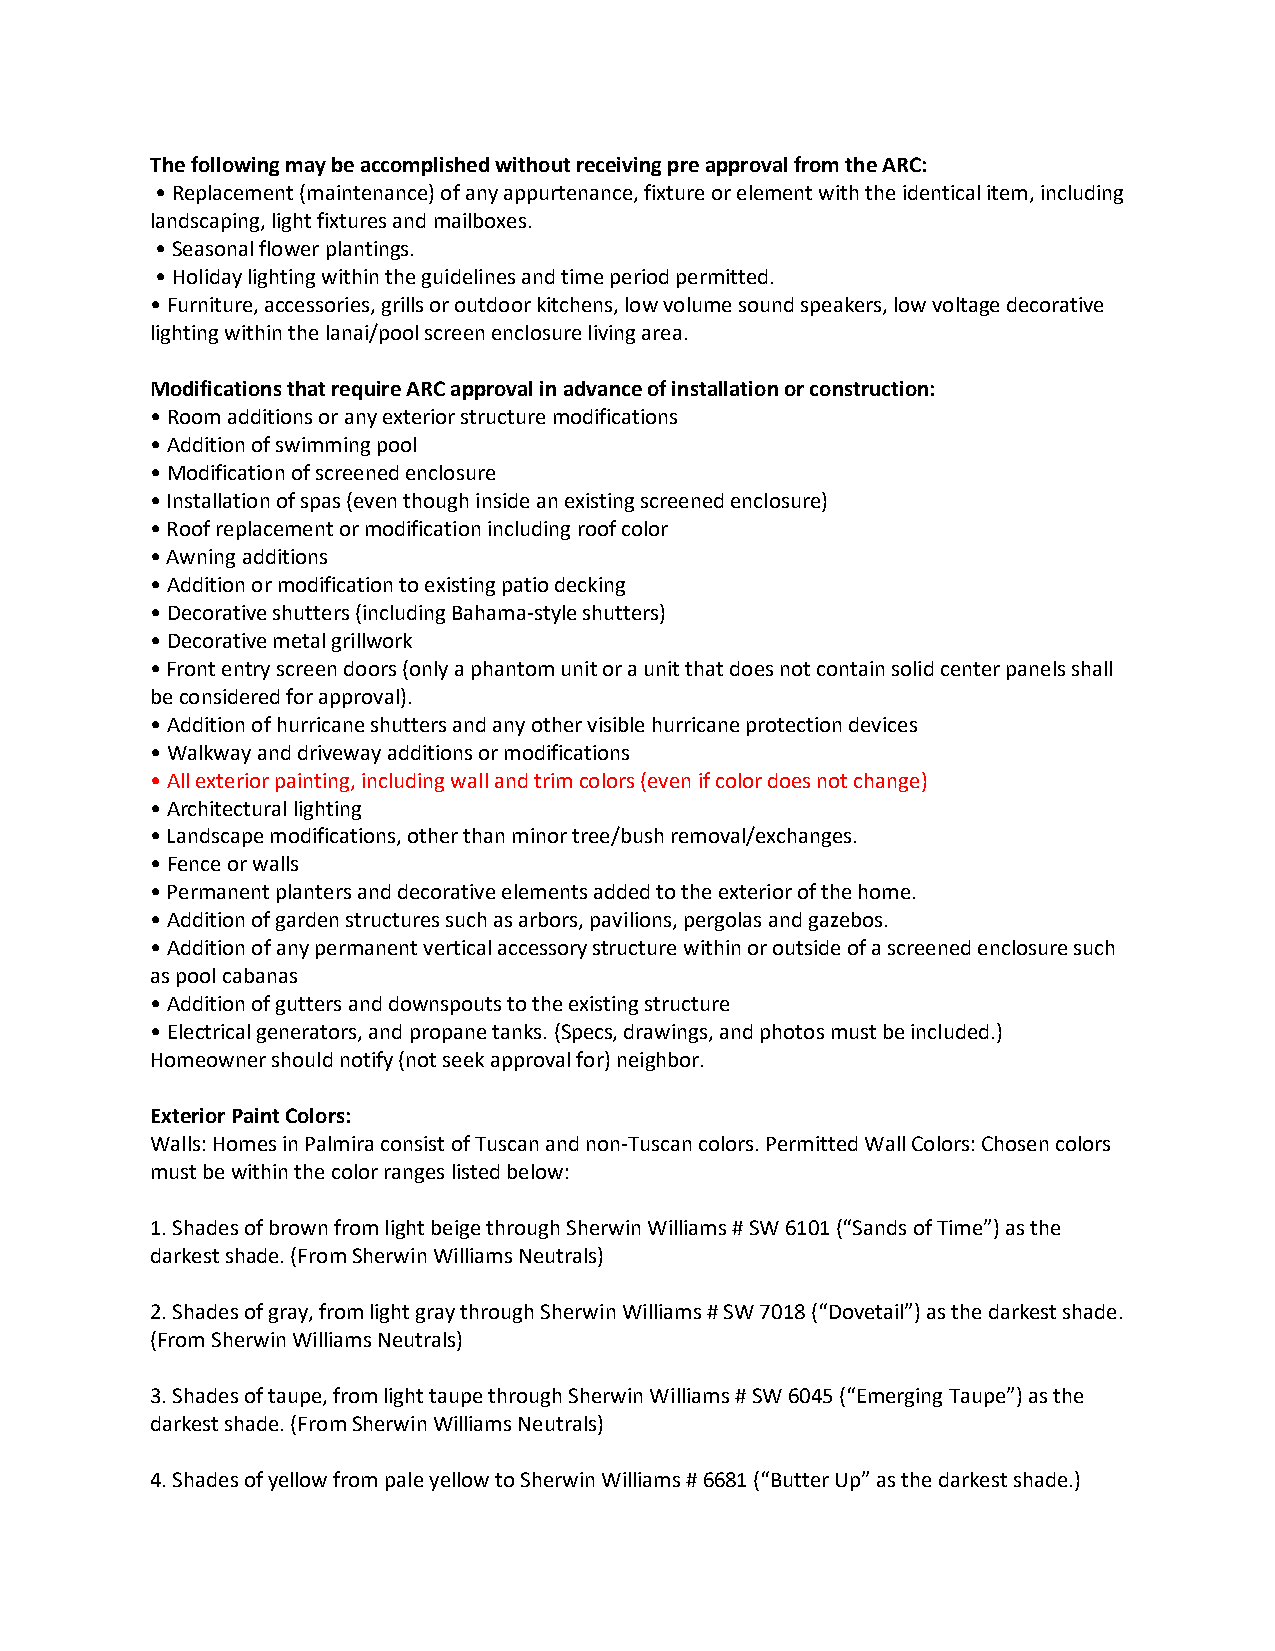
The following may be accomplished without receiving pre approval from the ARC:
 • Replacement (maintenance) of any appurtenance, fixture or element with the identical item, including
 landscaping, light fixtures and mailboxes.
 • Seasonal flower plantings.
 • Holiday lighting within the guidelines and time period permitted.
 • Furniture, accessories, grills or outdoor kitchens, low volume sound speakers, low voltage decorative
 lighting within the lanai/pool screen enclosure living area.
 Modifications that require ARC approval in advance of installation or construction:
 • Room additions or any exterior structure modifications
 • Addition of swimming pool
 • Modification of screened enclosure
 • Installation of spas (even though inside an existing screened enclosure)
 • Roof replacement or modification including roof color
 • Awning additions
 • Addition or modification to existing patio decking
 • Decorative shutters (including Bahama-style shutters)
 • Decorative metal grillwork
 • Front entry screen doors (only a phantom unit or a unit that does not contain solid center panels shall
 be considered for approval).
 • Addition of hurricane shutters and any other visible hurricane protection devices
 • Walkway and driveway additions or modifications
 • All exterior painting, including wall and trim colors (even if color does not change)
 • Architectural lighting
 • Landscape modifications, other than minor tree/bush removal/exchanges.
 • Fence or walls
 • Permanent planters and decorative elements added to the exterior of the home.
 • Addition of garden structures such as arbors, pavilions, pergolas and gazebos.
 • Addition of any permanent vertical accessory structure within or outside of a screened enclosure such
 as pool cabanas
 • Addition of gutters and downspouts to the existing structure
 • Electrical generators, and propane tanks. (Specs, drawings, and photos must be included.)
 Homeowner should notify (not seek approval for) neighbor.
 Exterior Paint Colors:
 Walls: Homes in Palmira consist of Tuscan and non-Tuscan colors. Permitted Wall Colors: Chosen colors
 must be within the color ranges listed below:
 1. Shades of brown from light beige through Sherwin Williams # SW 6101 (“Sands of Time”) as the
 darkest shade. (From Sherwin Williams Neutrals)
 2. Shades of gray, from light gray through Sherwin Williams # SW 7018 (“Dovetail”) as the darkest shade.
 (From Sherwin Williams Neutrals)
 3. Shades of taupe, from light taupe through Sherwin Williams # SW 6045 (“Emerging Taupe”) as the
 darkest shade. (From Sherwin Williams Neutrals)
 4. Shades of yellow from pale yellow to Sherwin Williams # 6681 (“Butter Up” as the darkest shade.)